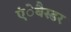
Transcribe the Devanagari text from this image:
एंेबैस्डर